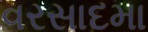
વરસાદમા